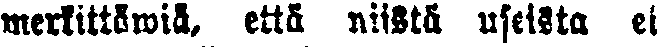
merkittäwiä, että niistä useista ei